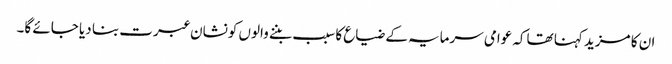
ان کا مزید کہنا تھاکہ عوامی سرمایہ کے ضیاع کا سبب بننے والوں کونشان عبرت بنا دیا جائے گا۔